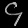
Digit: ၄